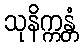
သုနိက္ကန္တံ